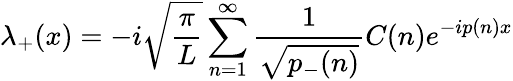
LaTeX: \lambda_{+}(x)=-i\sqrt{{\frac{\pi}{L}}}\sum_{n=1}^{\infty}{\frac{1}{\sqrt{p_{-}(n)}}}C(n)e^{-ip(n)x}